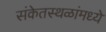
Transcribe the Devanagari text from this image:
संकेतस्थळांमध्ये